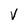
Character: V